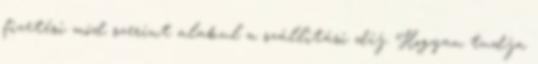
fizetési mód szerint alakul a szállítási díj. Hogyan tudja